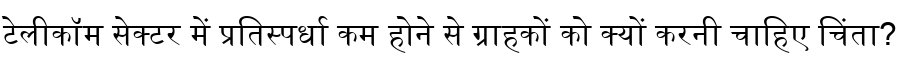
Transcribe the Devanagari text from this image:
टेलीकॉम सेक्टर में प्रतिस्पर्धा कम होने से ग्राहकों को क्यों करनी चाहिए चिंता?